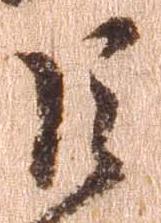
巨